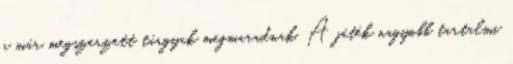
a már megszerzett tárgyak megmaradnak. A játék nagyobb tartalmi